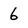
Character: 6